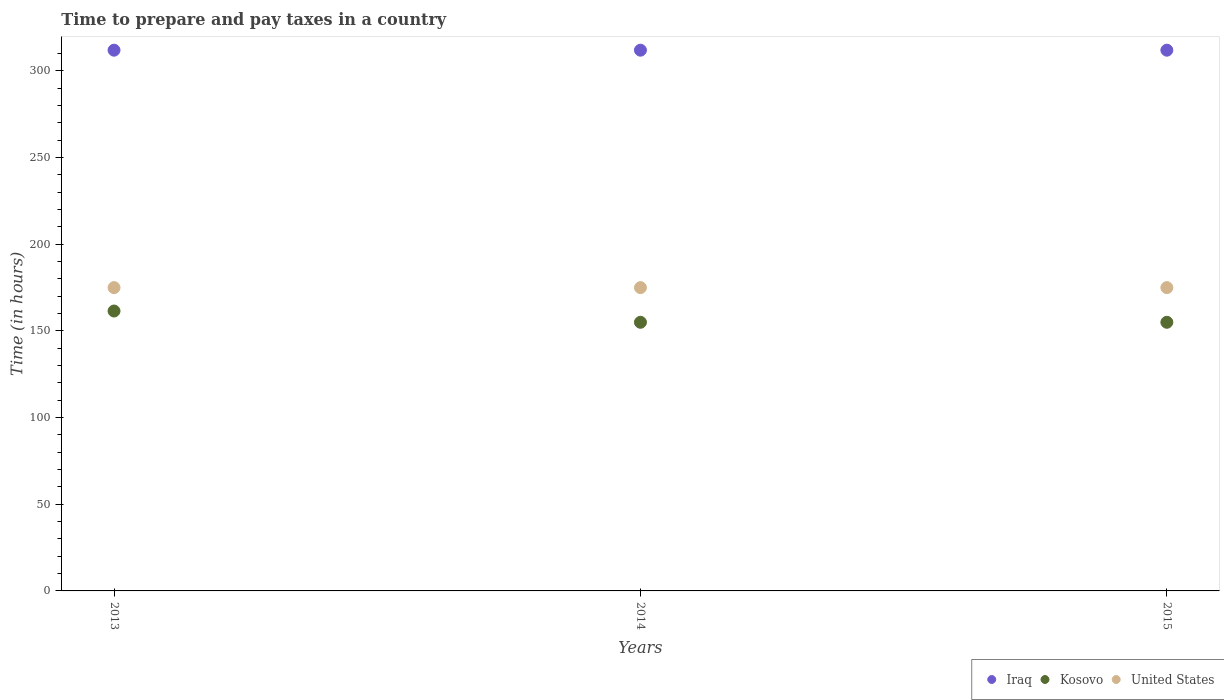
| Years | Iraq | Kosovo | United States |
 | --- | --- | --- | --- |
 | 2013 | 312 | 162 | 175 |
 | 2014 | 312 | 155 | 175 |
 | 2015 | 312 | 155 | 175 |